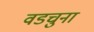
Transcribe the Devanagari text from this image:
वडचुना